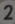
2